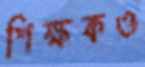
শিক্ষকও